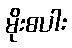
မိုးစပါး